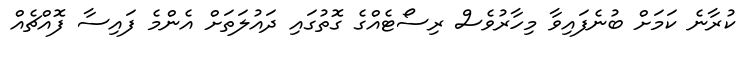
ކުރާނެ ކަމަށް ބުނެފައިވާ މިހާރުވެސް ރިސޯޓެއްގެ ގޮތުގައި ދައުލަތަށް އެންމެ ފައިސާ ފޮއްޗެއް